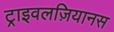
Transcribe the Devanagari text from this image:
ट्राइवलज़ियानस